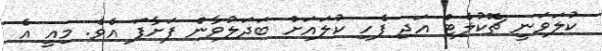
ކުލަވަނީ ޗޮކުލެޓް އަދި ފެހި ކުލައަށް ބަދަލުވާން ފަށާފަ އެވެ. މިއީ އެ